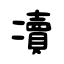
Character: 凟